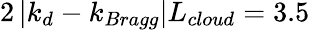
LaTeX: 2\left|k_{d}-k_{Bragg}\right|L_{cloud}=3.5